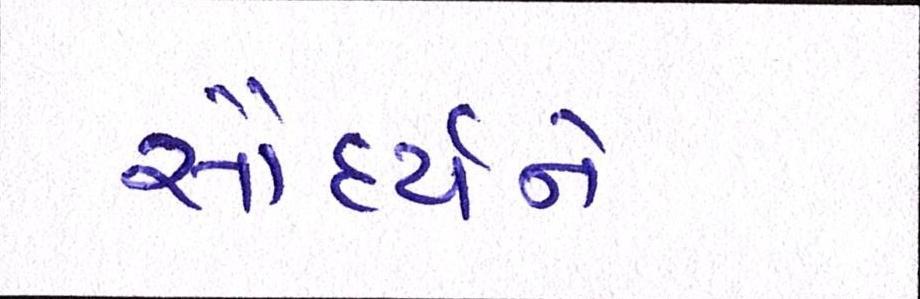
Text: સૌદર્યને